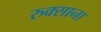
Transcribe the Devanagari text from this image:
रुक्साना